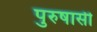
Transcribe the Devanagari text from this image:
पुरुषासी